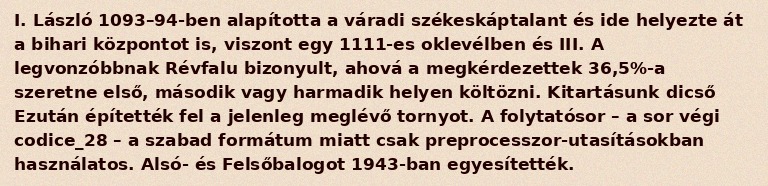
I. László 1093–94-ben alapította a váradi székeskáptalant és ide helyezte át a bihari központot is, viszont egy 1111-es oklevélben és III. A legvonzóbbnak Révfalu bizonyult, ahová a megkérdezettek 36,5%-a szeretne első, második vagy harmadik helyen költözni. Kitartásunk dicső Ezután építették fel a jelenleg meglévő tornyot. A folytatósor – a sor végi codice_28 – a szabad formátum miatt csak preprocesszor-utasításokban használatos. Alsó- és Felsőbalogot 1943-ban egyesítették.